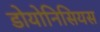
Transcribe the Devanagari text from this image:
डोयोनिसियस